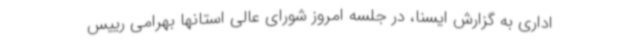
اداری به گزارش ایسنا، در جلسه امروز شورای عالی استانها بهرامی رییس